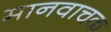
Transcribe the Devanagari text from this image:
मानवाचक